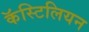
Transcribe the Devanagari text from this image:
कॅस्टिलियन